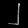
Digit: ၂